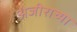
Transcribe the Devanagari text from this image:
अंजीराच्या